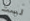
لست